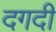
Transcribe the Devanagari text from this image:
दगदी